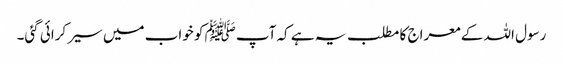
رسول اللہ کے معراج کا مطلب یہ ہے کہ آپﷺ کو خواب میں سیر کرائی گئی۔